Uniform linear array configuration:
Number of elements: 64
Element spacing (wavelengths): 1
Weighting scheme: exponential
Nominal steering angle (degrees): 60
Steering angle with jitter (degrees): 59.733
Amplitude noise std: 0.05
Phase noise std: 0.05

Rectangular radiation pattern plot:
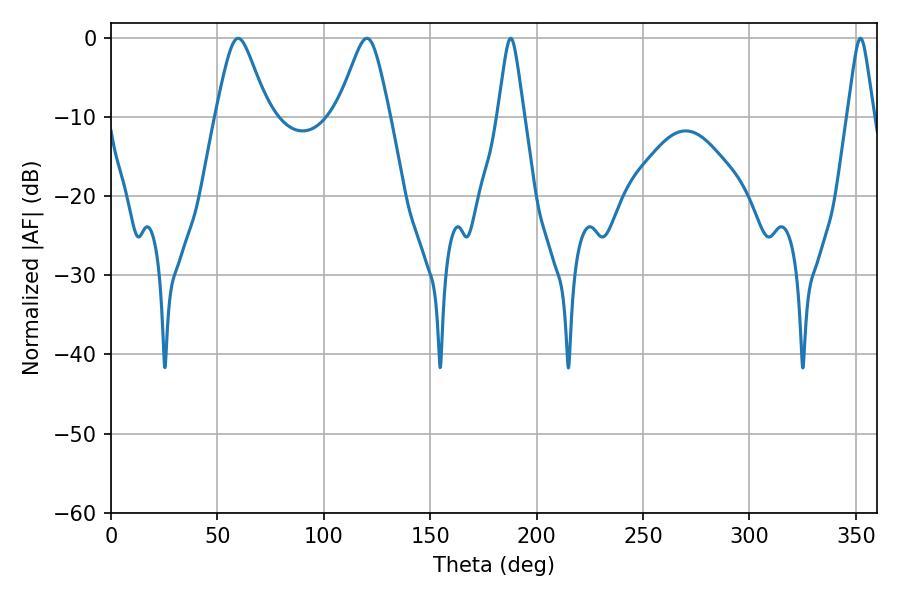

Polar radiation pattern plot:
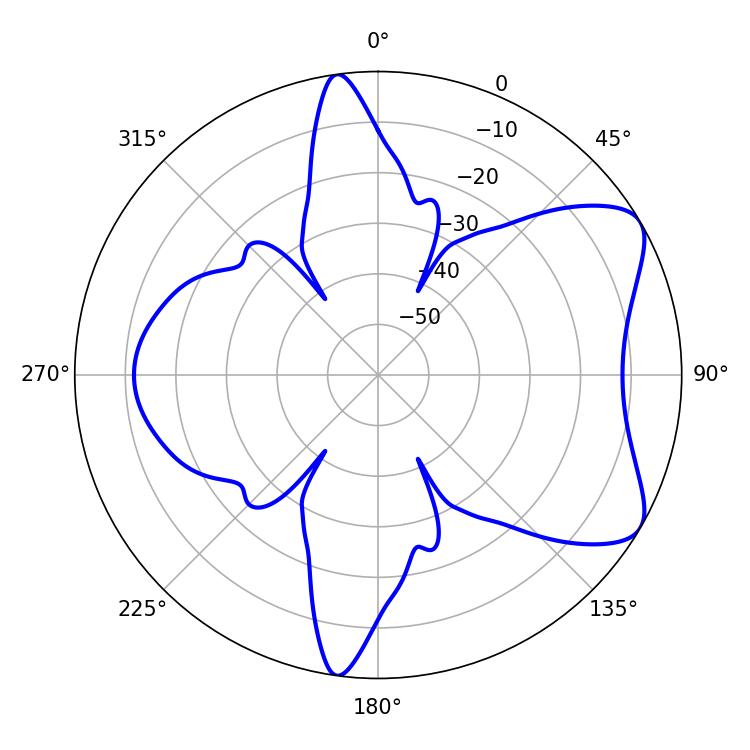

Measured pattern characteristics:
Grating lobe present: TRUE
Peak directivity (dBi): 7.14
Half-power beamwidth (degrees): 11.88
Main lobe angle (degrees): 59.76